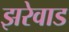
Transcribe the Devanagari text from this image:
झरेवाड